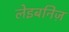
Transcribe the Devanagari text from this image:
लेइबनिज़